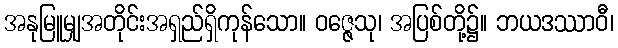
အနုမြူမျှအတိုင်းအရှည်ရှိကုန်သော။ ဝဇ္ဇေသု၊ အပြစ်တို့၌။ ဘယဒဿာဝီ၊